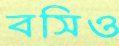
বসিও